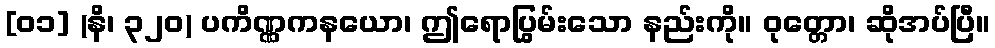
[၀၁] (နိ၊ ၃၂၀) ပကိဏ္ဏကနယော၊ ဤရောပြွမ်းသော နည်းကို။ ဝုတ္တော၊ ဆိုအပ်ပြီ။